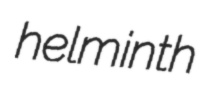
helminth